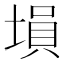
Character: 塤